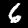
Digit: 6